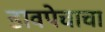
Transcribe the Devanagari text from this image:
डावपेचाचा